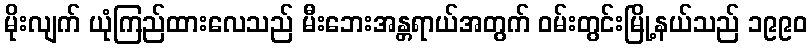
မိုးလျက် ယုံကြည်ထားလေသည် မီးဘေးအန္တရာယ်အတွက် ဝမ်းတွင်းမြို့နယ်သည် ၁၉၉၀